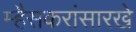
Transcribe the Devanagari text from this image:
म्हैसकरांसारखे